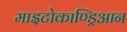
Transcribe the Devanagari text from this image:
माइटोकाण्ड्रिआन